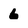
Character: 6